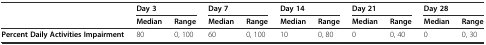
|  | <COLSPAN=2> Day 3 | <COLSPAN=2> Day 7 | <COLSPAN=2> Day 14 | <COLSPAN=2> Day 21 | <COLSPAN=2> Day 28 |
 |  | Median | Range | Median | Range | Median | Range | Median | Range | Median | Range |
 | --- | --- | --- | --- | --- | --- | --- | --- | --- | --- | --- |
 | Percent Daily Activities Impairment | 80 | 0, 100 | 60 | 0, 100 | 10 | 0, 80 | 0 | 0, 40 | 0 | 0, 30 |